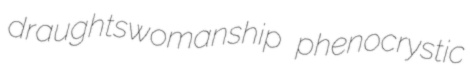
draughtswomanship phenocrystic